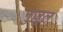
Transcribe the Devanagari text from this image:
नुज़ूल